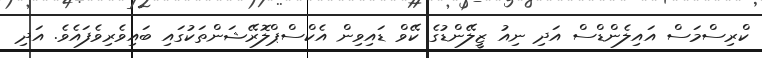
ކްރިސްމަސް އައިލެންޑްސް އަދި ނިއު ޒީލޭންޑުގެ ކޭވް ޑައިވިން އެކްސްޕްލޮރޭޝަންތަކުގައި ބައިވެރިވެފައެވެ. އަދި